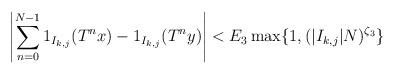
LaTeX: \begin{align*}\left| \sum_{n=0}^{N-1} 1_{I_{k,j}} (T^n x) - 1_{I_{k,j}} (T^n y) \right| < E_3 \max \{ 1, ( |I_{k,j}| N )^{\zeta_3} \}\end{align*}